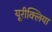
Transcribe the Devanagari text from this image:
यूरीक्लिया